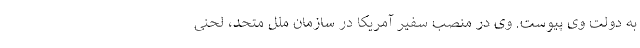
به دولت وی پیوست. وی در منصب سفیر آمریکا در سازمان ملل متحد، لحنی